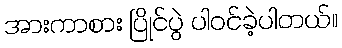
အားကာစား ပြိုင်ပွဲ ပါဝင်ခဲ့ပါတယ်။